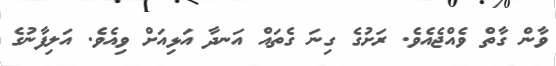
ވާން ގާތް ވެއްޖެއެވެ. ރަށުގެ ގިނަ ގެތައް އަނދާ އަޅިއަށް ވިއެވެ. އަލިފާނުގެ